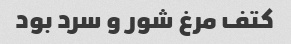
کتف مرغ شور و سرد بود